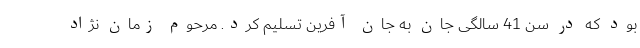
بود که در سن 41 سالگی جان به جان آفرین تسلیم کرد. مرحوم زمان نژاد